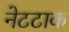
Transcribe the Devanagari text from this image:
नेटटाक